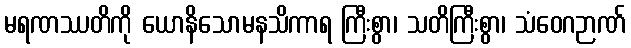
မရဏဿတိကို ယောနိသောမနသိကာရ ကြီးစွာ၊ သတိကြီးစွာ၊ သံဝေဂဉာဏ်